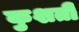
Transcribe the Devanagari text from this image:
कुशती